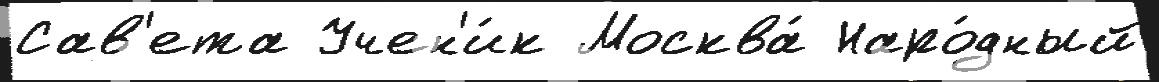
Сав'ета Учен'и́к Москва́ Наро́дный